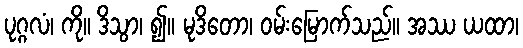
ပုဂ္ဂလံ၊ ကို။ ဒိသွာ၊ ၍။ မုဒိတော၊ ဝမ်းမြောက်သည်။ အဿ ယထာ၊